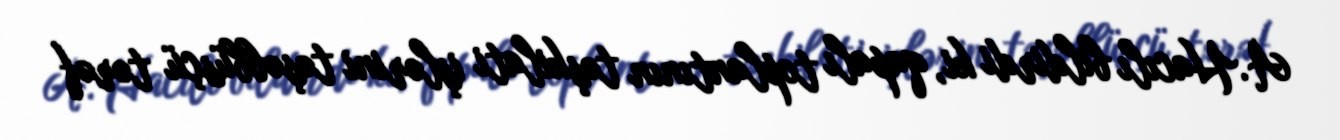
A.Hacılı bildirdi ki, qapalı toplantının təşkilati işlərini təşəbbüsçü tərəf